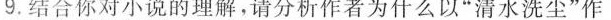
9.结合你对小说的理解，请分析作者为什么以“潜水洗小”作